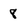
Character: 8